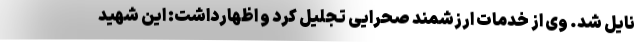
نایل شد. وی از خدمات ارزشمند صحرایی تجلیل کرد و اظهارداشت: این شهید